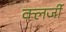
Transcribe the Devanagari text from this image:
क्लर्जी